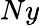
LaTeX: Ny